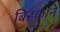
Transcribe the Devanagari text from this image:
बिस्काने